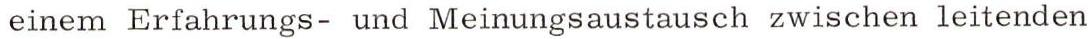
einem Erfahrungs- und Meinungsaustausch zwischen leitenden